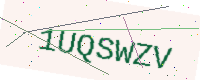
Text: 1UQSWZV